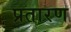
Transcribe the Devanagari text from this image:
प्रतारण